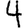
Digit: 4